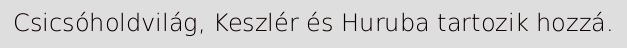
Csicsóholdvilág, Keszlér és Huruba tartozik hozzá.